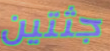
جثتين